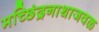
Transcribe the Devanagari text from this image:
मच्छिंद्रनाथाजवळ